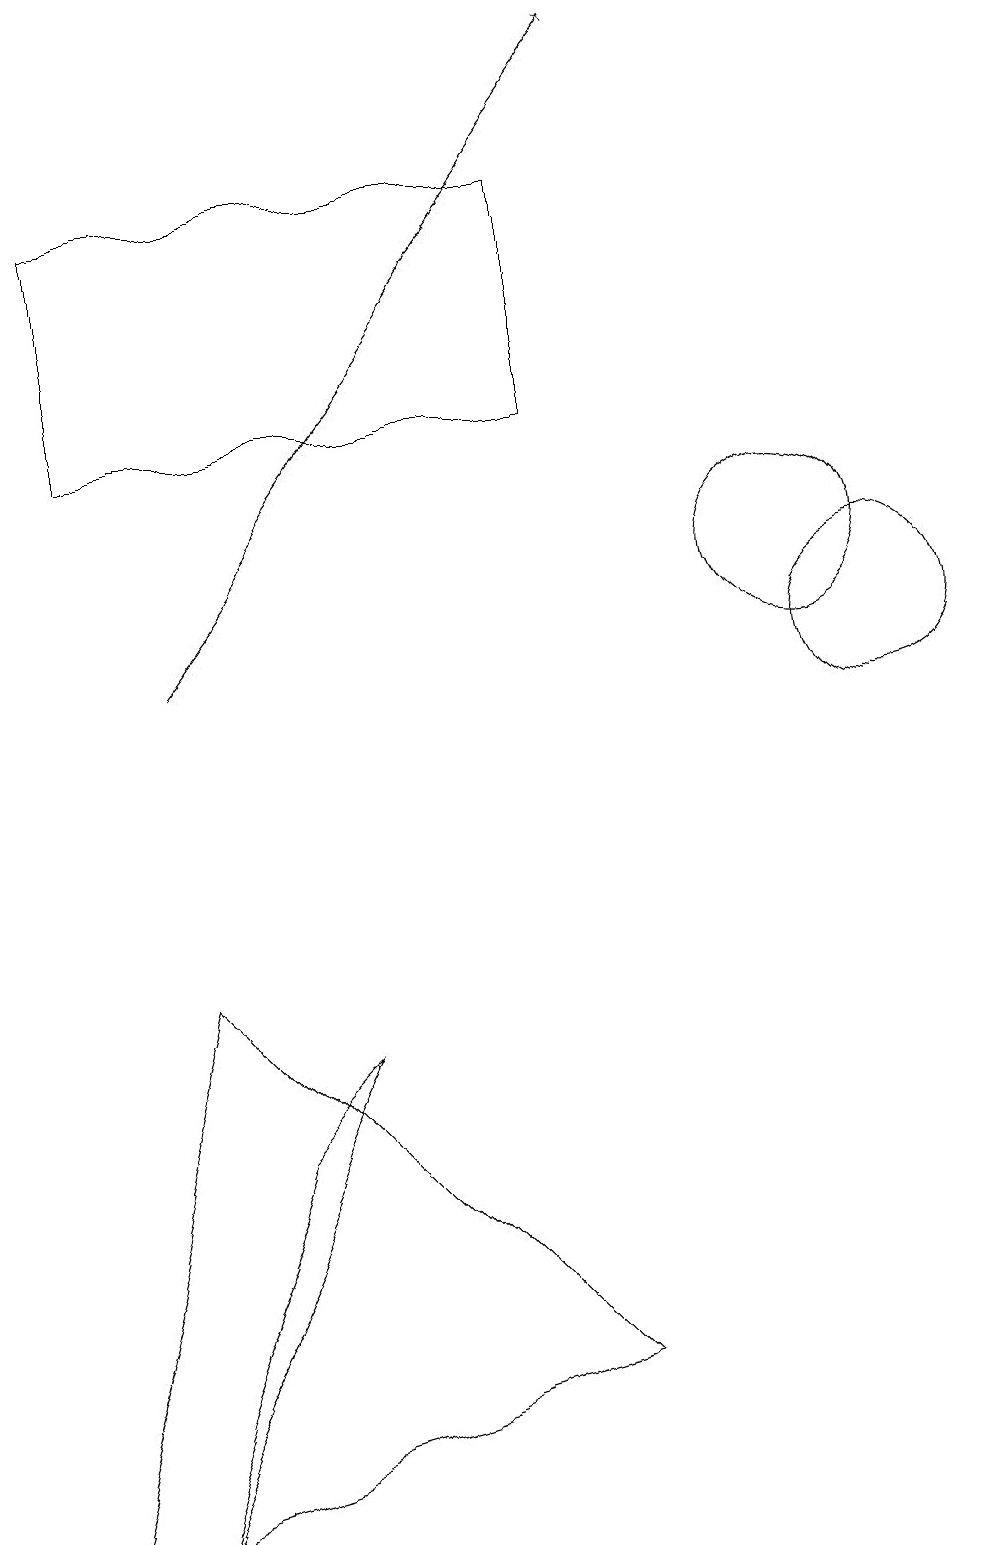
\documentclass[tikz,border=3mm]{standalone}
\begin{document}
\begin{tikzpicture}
\draw (0,0) -- (7,2) -- (2,7) -- cycle;
\draw (1,0) -- (3,5) -- (4,6) -- cycle;
\draw (1,14) rectangle (7,17);
\draw (11,11) circle (1);
\draw (10,12) circle (1);
\draw[->] (2,11) -- (8,19);
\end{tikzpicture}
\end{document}